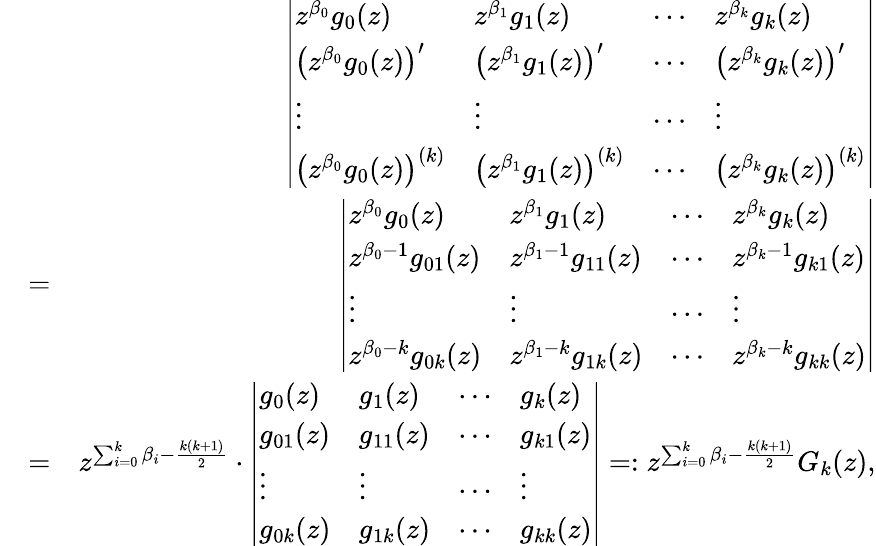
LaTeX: \begin{array}{rlr}&{}&{\left|\begin{array}{llll}{z^{\beta_{0}}g_{0}(z)}&{z^{\beta_{1}}g_{1}(z)}&{\cdots}&{z^{\beta_{k}}g_{k}(z)}\\ {\big(z^{\beta_{0}}g_{0}(z)\big)^{\prime}}&{\big(z^{\beta_{1}}g_{1}(z)\big)^{\prime}}&{\cdots}&{\big(z^{\beta_{k}}g_{k}(z)\big)^{\prime}}\\ {\vdots}&{\vdots}&{\cdots}&{\vdots}\\ {\big(z^{\beta_{0}}g_{0}(z)\big)^{(k)}}&{\big(z^{\beta_{1}}g_{1}(z)\big)^{(k)}}&{\cdots}&{\big(z^{\beta_{k}}g_{k}(z)\big)^{(k)}}\end{array}\right|}\\ &{=}&{\left|\begin{array}{llll}{z^{\beta_{0}}g_{0}(z)}&{z^{\beta_{1}}g_{1}(z)}&{\cdots}&{z^{\beta_{k}}g_{k}(z)}\\ {z^{\beta_{0}-1}g_{01}(z)}&{z^{\beta_{1}-1}g_{11}(z)}&{\cdots}&{z^{\beta_{k}-1}g_{k1}(z)}\\ {\vdots}&{\vdots}&{\cdots}&{\vdots}\\ {z^{\beta_{0}-k}g_{0k}(z)}&{z^{\beta_{1}-k}g_{1k}(z)}&{\cdots}&{z^{\beta_{k}-k}g_{kk}(z)}\end{array}\right|}\\ &{=}&{z^{\sum_{i=0}^{k}\beta_{i}-\frac{k(k+1)}{2}}\cdot\left|\begin{array}{llll}{g_{0}(z)}&{g_{1}(z)}&{\cdots}&{g_{k}(z)}\\ {g_{01}(z)}&{g_{11}(z)}&{\cdots}&{g_{k1}(z)}\\ {\vdots}&{\vdots}&{\cdots}&{\vdots}\\ {g_{0k}(z)}&{g_{1k}(z)}&{\cdots}&{g_{kk}(z)}\end{array}\right|=:z^{\sum_{i=0}^{k}\beta_{i}-\frac{k(k+1)}{2}}G_{k}(z),}\end{array}